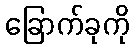
ခြောက်ခုကို